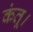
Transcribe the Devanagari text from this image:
कंतू।